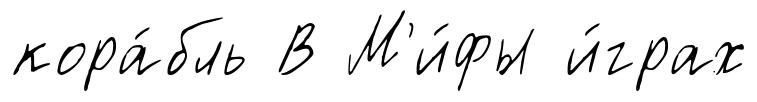
кора́бль В М'и́фы и́грах